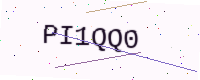
Text: PI1QQ0